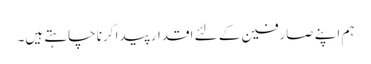
ہم اپنے صارفین کے لئے اقدار پیدا کرنا چاہتے ہیں۔